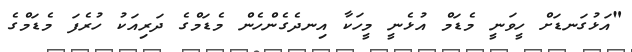
"އަޅުގަނޑަށް ހީވަނީ މެޑަމް އުޅެނީ މީހަކާ އިނދެގެންހެން މެޑަމްގެ ދަރިއަކު ހުރެފަ މެޑަމްގެ